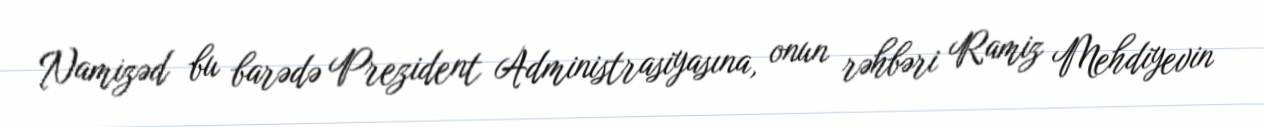
Namizəd bu barədə Prezident Administrasiyasına, onun rəhbəri Ramiz Mehdiyevin